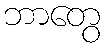
ဘာတွေ